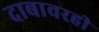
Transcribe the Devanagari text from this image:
दाबावरही